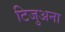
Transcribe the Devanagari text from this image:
टिजुअना